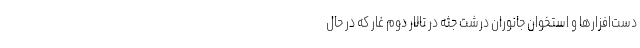
دست‌افزارها و استخوان جانوران درشت جثه در تالار دوم غار که در حال